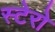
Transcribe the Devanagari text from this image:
स्टेरो